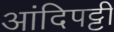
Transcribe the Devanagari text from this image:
आंदिपट्टी